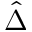
\hat { \Delta }